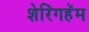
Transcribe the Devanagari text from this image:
शेरिंगहॅम